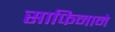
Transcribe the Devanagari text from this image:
साफिनाने